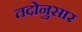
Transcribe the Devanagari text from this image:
तदोनुसार